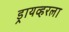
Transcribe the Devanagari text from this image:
ड्रायव्हरला